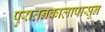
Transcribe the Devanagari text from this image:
पुरातनकालापासून